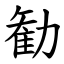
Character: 勧